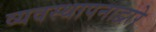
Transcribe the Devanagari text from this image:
व्यवस्थापनाद्वारे